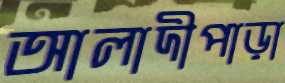
আলাদীপাড়া